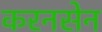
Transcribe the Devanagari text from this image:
करनसेन